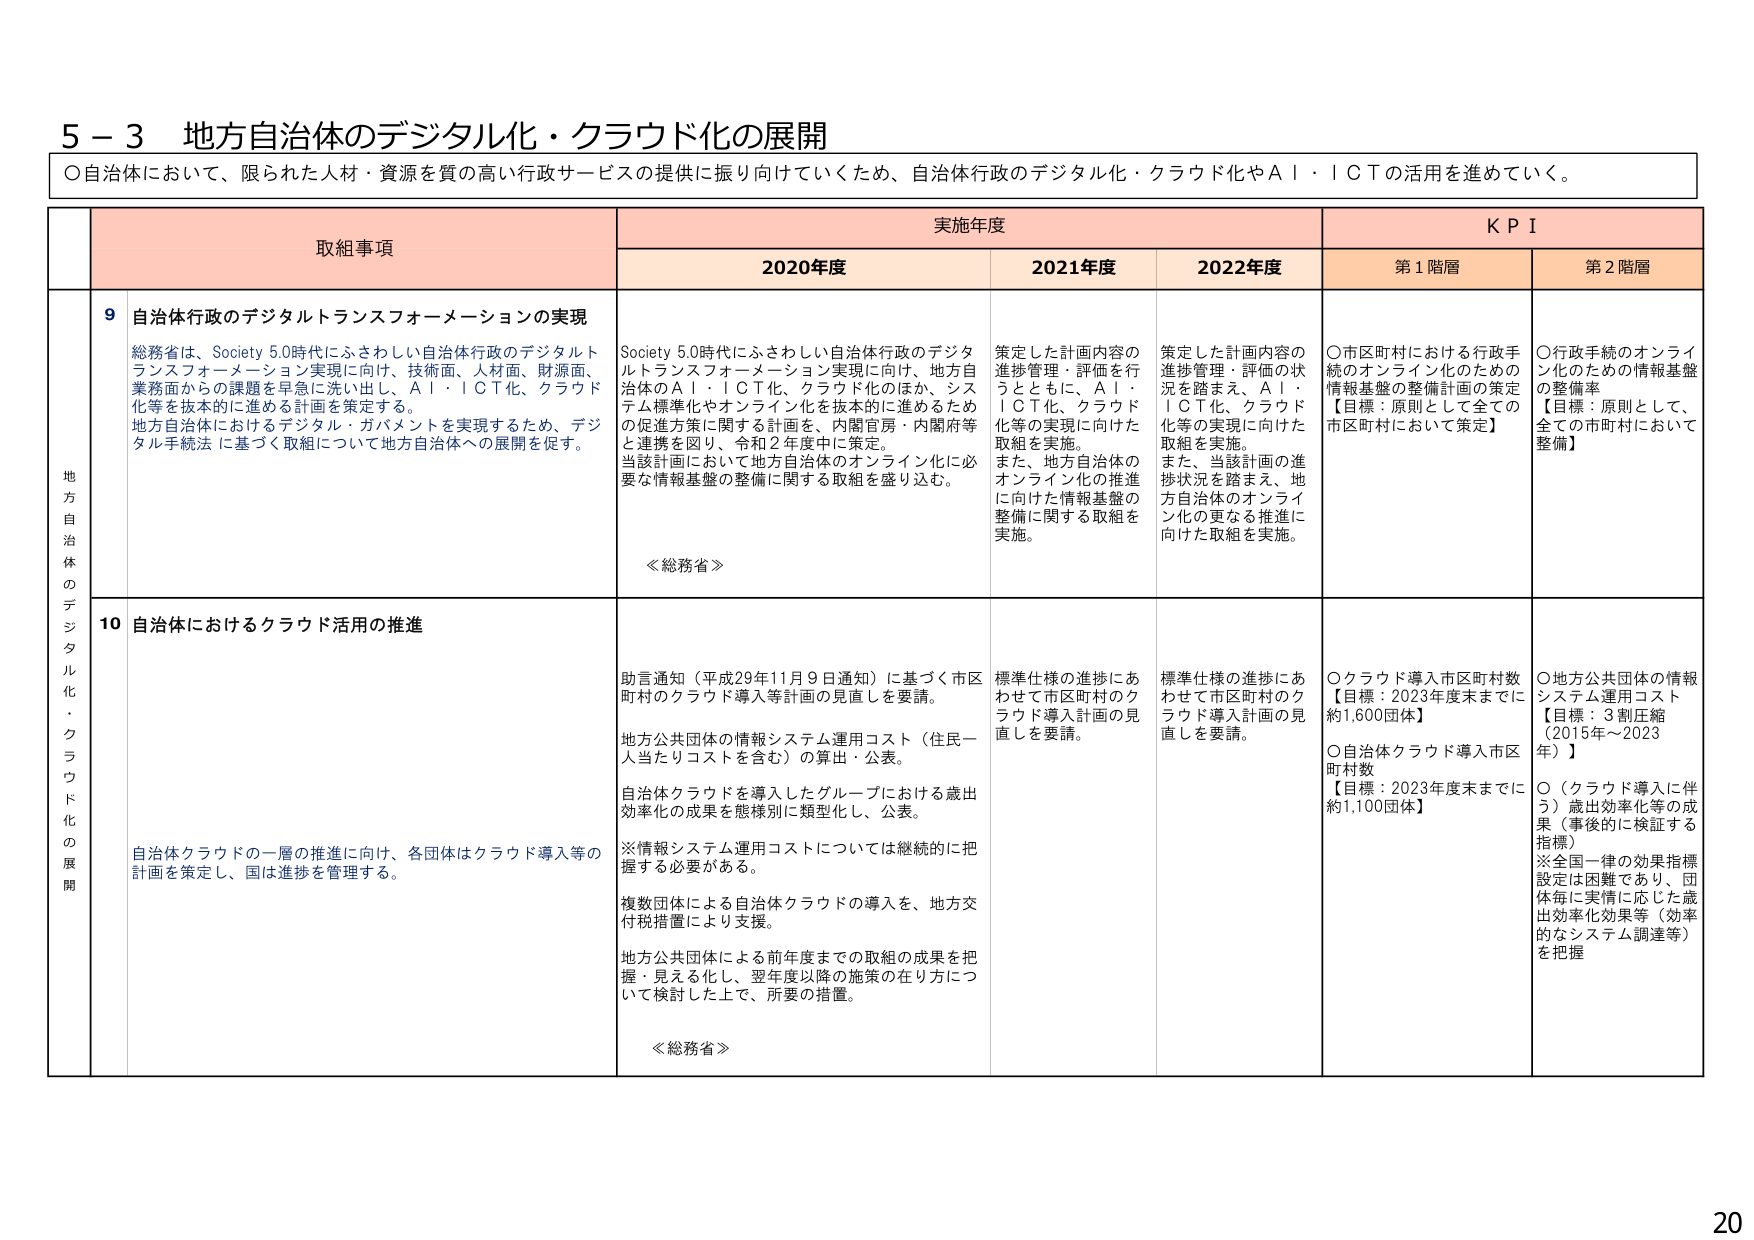
5－3 地方自治体のデジタル化・クラウド化の展開
○自治体において、限られた人材・資源を質の高い行政サービスの提供に振り向けていくため、自治体行政のデジタル化・クラウド化やＡＩ・ＩＣＴの活用を進めていく。

取組事項
実施年度
ＫＰＩ

2020年度
2021年度
2022年度
第1階層
第2階層

地方自治体のデジタル化・クラウド化の展開

9 自治体行政のデジタルトランスフォーメーションの実現
総務省は、Society 5.0時代にふさわしい自治体行政のデジタルトランスフォーメーション実現に向け、技術面、人材面、財源面、業務面からの課題を早急に洗い出し、ＡＩ・ＩＣＴ化、クラウド化等を抜本的に進める計画を策定する。
地方自治体におけるデジタル・ガバメントを実現するため、デジタル手続法に基づく取組について地方自治体への展開を促す。

Society 5.0時代にふさわしい自治体行政のデジタルトランスフォーメーション実現に向け、地方自治体のＡＩ・ＩＣＴ化、クラウド化のほか、システム標準化やオンライン化を抜本的に進めるための促進方策に関する計画を、内閣官房・内閣府等と連携を図り、令和2年度中に策定。
当該計画において地方自治体のオンライン化に必要な情報基盤の整備に関する取組を盛り込む。

≪総務省≫

策定した計画内容の進捗管理・評価を行うとともに、ＡＩ・ＩＣＴ化、クラウド化等の実現に向けた取組を実施。
また、地方自治体のオンライン化の推進に向けた情報基盤の整備に関する取組を実施。

策定した計画内容の進捗管理・評価の状況を踏まえ、ＡＩ・ＩＣＴ化、クラウド化等の実現に向けた取組を実施。
また、当該計画の進捗状況を踏まえ、地方自治体のオンライン化の更なる推進に向けた取組を実施。

○市区町村における行政手続のオンライン化のための情報基盤の整備計画の策定
【目標：原則として全ての市区町村において策定】

○行政手続のオンライン化のための情報基盤の整備率
【目標：原則として、全ての市町村において整備】

10 自治体におけるクラウド活用の推進
自治体クラウドの一層の推進に向け、各団体はクラウド導入等の計画を策定し、国は進捗を管理する。

助言通知（平成29年11月9日通知）に基づく市区町村のクラウド導入等計画の見直しを要請。
地方公共団体の情報システム運用コスト（住民一人当たりコストを含む）の算出・公表。
自治体クラウドを導入したグループにおける歳出効率化の成果を態様別に類型化し、公表。
※情報システム運用コストについては継続的に把握する必要がある。
複数団体による自治体クラウドの導入を、地方交付税措置により支援。
地方公共団体による前年度までの取組の成果を把握・見える化し、翌年度以降の施策の在り方について検討した上で、所要の措置。

≪総務省≫

標準仕様の進捗にあわせて市区町村のクラウド導入計画の見直しを要請。

標準仕様の進捗にあわせて市区町村のクラウド導入計画の見直しを要請。

○クラウド導入市区町村数
【目標：2023年度末までに約1,600団体】
○自治体クラウド導入市区町村数
【目標：2023年度末までに約1,100団体】

○地方公共団体の情報システム運用コスト
【目標：3割圧縮（2015年～2023年）】
○（クラウド導入に伴う）歳出効率化等の成果（事後的に検証する指標）
※全国一律の効果指標設定は困難であり、団体毎に実情に応じた歳出効率化効果等（効率的なシステム調達等）を把握

20